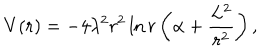
V ( r ) = - 4 \lambda ^ { 2 } r ^ { 2 } \ln r \left( \alpha + \frac { L ^ { 2 } } { r ^ { 2 } } \right) ,